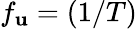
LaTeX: f_{\mathbf{u}}=(1/T)